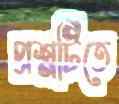
প্রশ্নটিতে